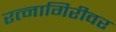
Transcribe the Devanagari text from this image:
रत्नागिरीवर